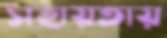
সহায়তায়